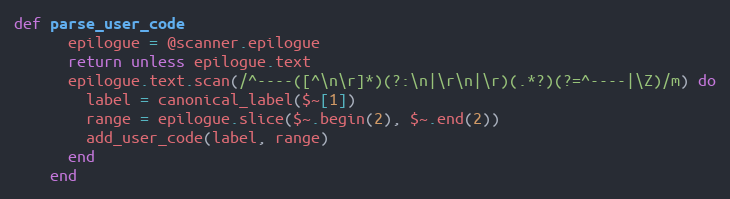
Language: Ruby
def parse_user_code
      epilogue = @scanner.epilogue
      return unless epilogue.text
      epilogue.text.scan(/^----([^\n\r]*)(?:\n|\r\n|\r)(.*?)(?=^----|\Z)/m) do
        label = canonical_label($~[1])
        range = epilogue.slice($~.begin(2), $~.end(2))
        add_user_code(label, range)
      end
    end